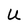
Character: U